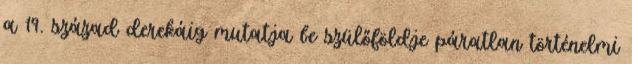
a 19. század derekáig mutatja be szülőföldje páratlan történelmi